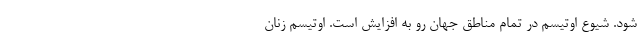
شود. شیوع اوتیسم در تمام مناطق جهان رو به افزایش است. اوتیسم زنان